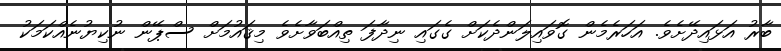
ބާރު އަޅައިދޭށެވެ. އަހަރެމެން ގޮވައިލަންދެކަށް ގެގައި ނިދާފަ ތިއްބަވާށެވެ މިޤައުމަށް ސްޕޭން ނުކިޔުނެއްކަމަކު